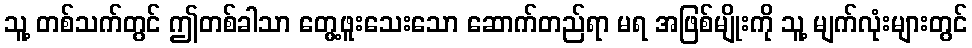
သူ့ တစ်သက်တွင် ဤတစ်ခါသာ တွေ့ဖူးသေးသော ဆောက်တည်ရာ မရ အဖြစ်မျိုးကို သူ့ မျက်လုံးများတွင်